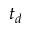
t _ { d }